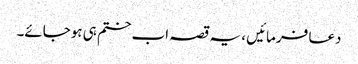
دعا فرمائیں ، یہ قصہ اب ختم ہی ہوجائے۔